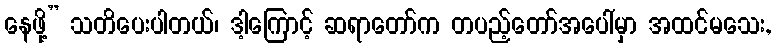
နေဖို့” သတိပေးပါတယ်၊ ဒါ့ကြောင့် ဆရာတော်က တပည့်တော်အပေါ်မှာ အထင်မသေး,